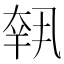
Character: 𡙕